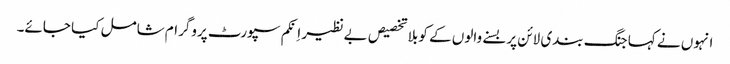
انہوں نے کہا جنگ بندی لائن پر بسنے والوں کے کو بلا تخصیص بے نظیر اِنکم سپورٹ پروگرام شامل کیا جائے۔